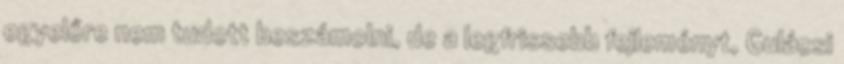
egyelőre nem tudott beszámolni, de a legfrissebb fejleményt, Gulácsi